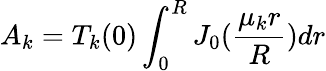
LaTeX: A_{k}=T_{k}(0)\int_{0}^{R}J_{0}(\frac{\mu_{k}r}{R})dr